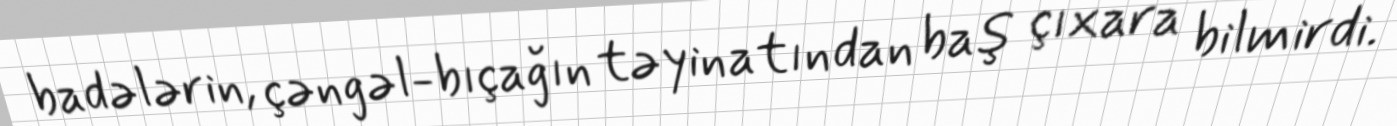
badələrin, çəngəl-bıçağın təyinatından baş çıxara bilmirdi.